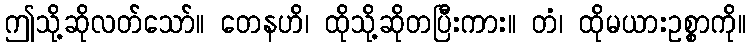
ဤသို့ဆိုလတ်သော်။ တေနဟိ၊ ထိုသို့ဆိုတပြီးကား။ တံ၊ ထိုမယားဥစ္စာကို။